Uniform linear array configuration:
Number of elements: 12
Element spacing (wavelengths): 1
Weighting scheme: hamming
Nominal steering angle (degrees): -45
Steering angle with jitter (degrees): -44.777
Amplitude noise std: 0.05
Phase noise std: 0.05

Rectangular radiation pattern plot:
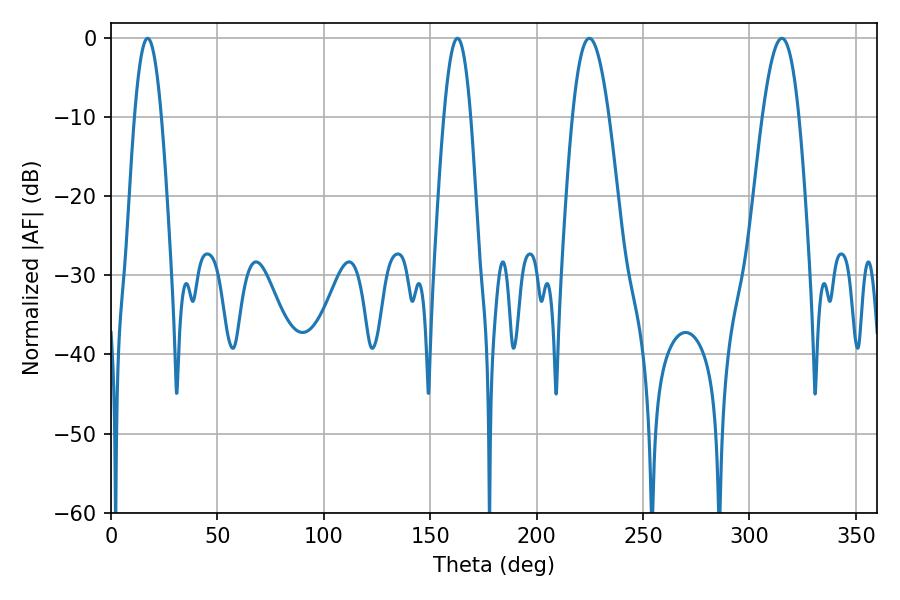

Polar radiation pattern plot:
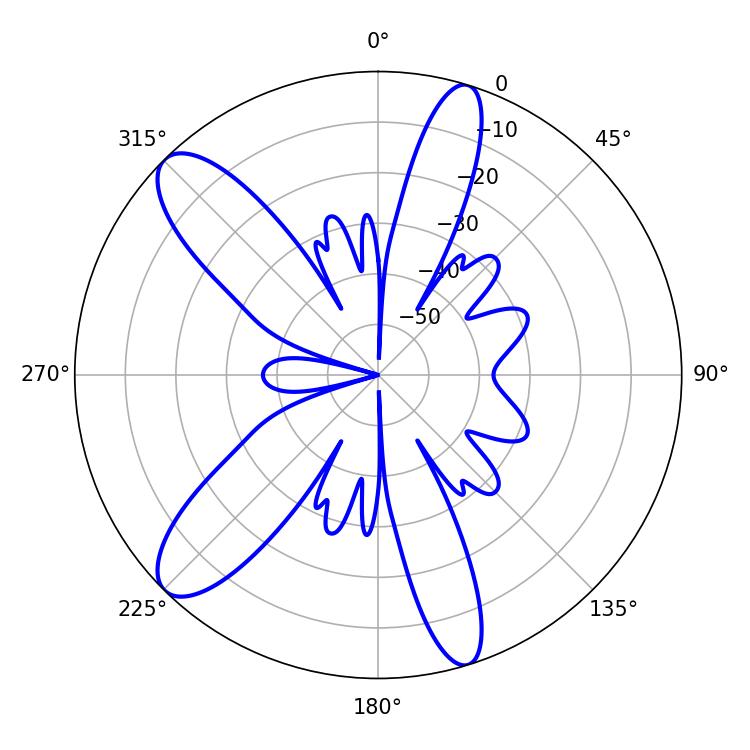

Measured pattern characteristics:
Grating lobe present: TRUE
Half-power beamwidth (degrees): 9.36
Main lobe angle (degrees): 224.82